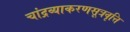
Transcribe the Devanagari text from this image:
चांद्रव्याकरणसूत्रवृत्ति